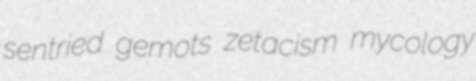
sentried gemots zetacism mycology